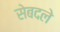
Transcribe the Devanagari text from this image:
सेबदले